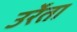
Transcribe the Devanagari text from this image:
उर्रेता